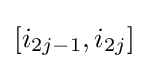
[i_{2j-1},i_{2j}]